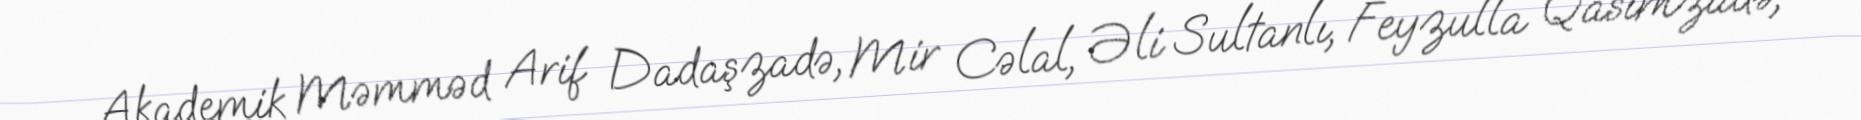
Akademik Məmməd Arif Dadaşzadə, Mir Cəlal, Əli Sultanlı, Feyzulla Qasımzadə,